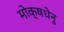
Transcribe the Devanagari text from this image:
मोक्षधेनु